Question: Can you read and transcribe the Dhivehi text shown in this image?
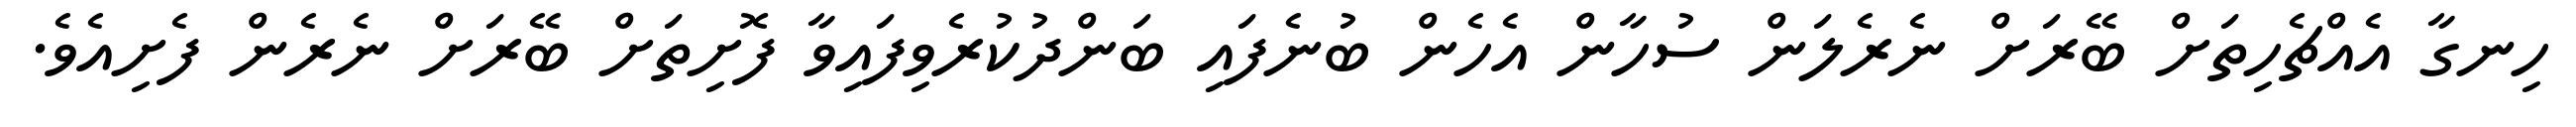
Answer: ހިނގާ އެއްޗެހިތަށް ބޭރަށް ނެރެލަން ސުހާން އެހެން ބުނެފައި ބަންދުކުރެވިފައިވާ ފޮށިތަށް ބޭރަށް ނެރެން ފެށިއެވެ.